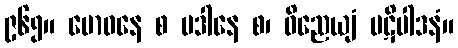
၉၆၅။ ဗောဓနေ စ ပဒါနေ စ၊ ဝိညေယျံ ပဋိပါဒနံ။